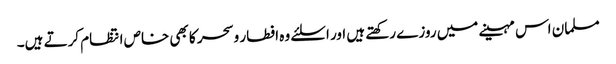
مسلمان اس مہینے میں روزے رکھتے ہیں اور اسلئے وہ افطار وسحر کا بھی خاص انتظام کرتے ہیں۔